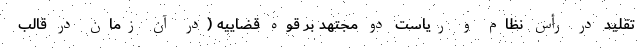
تقلید در رأس نظام و ریاست دو مجتهد بر قوه قضاییه (در آن زمان در قالب